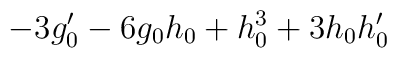
-3 g_{0}' -6 g_{0} h_{0} +h_{0}^{3} +3 h_{0} h_{0}'